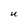
Character: U